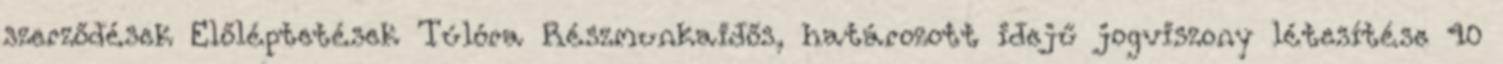
szerződések Előléptetések Túlóra Részmunkaidős, határozott idejű jogviszony létesítése 40